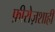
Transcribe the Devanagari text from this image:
फ़ीरोज़शाही